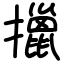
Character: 擸